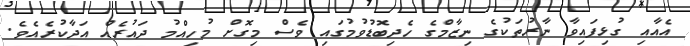
އެއާއި ގުޅިފައިވާ ނާރުތަކުގެ ނިޒާމްގެ ހެދިބޮޑުވުމުގައި ވެސް މިގޮށް މުހިއްމު ދައުރެއް އަދާކުރެއެވެ.